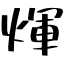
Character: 煇